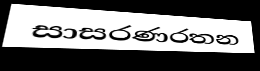
සාසරණරතන